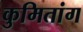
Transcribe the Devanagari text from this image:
कुमितांग